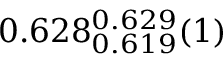
0 . 6 2 8 _ { 0 . 6 1 9 } ^ { 0 . 6 2 9 } ( 1 )